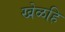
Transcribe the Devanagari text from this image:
खेळहि